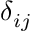
\delta _ { i j }